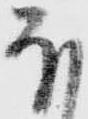
ほ